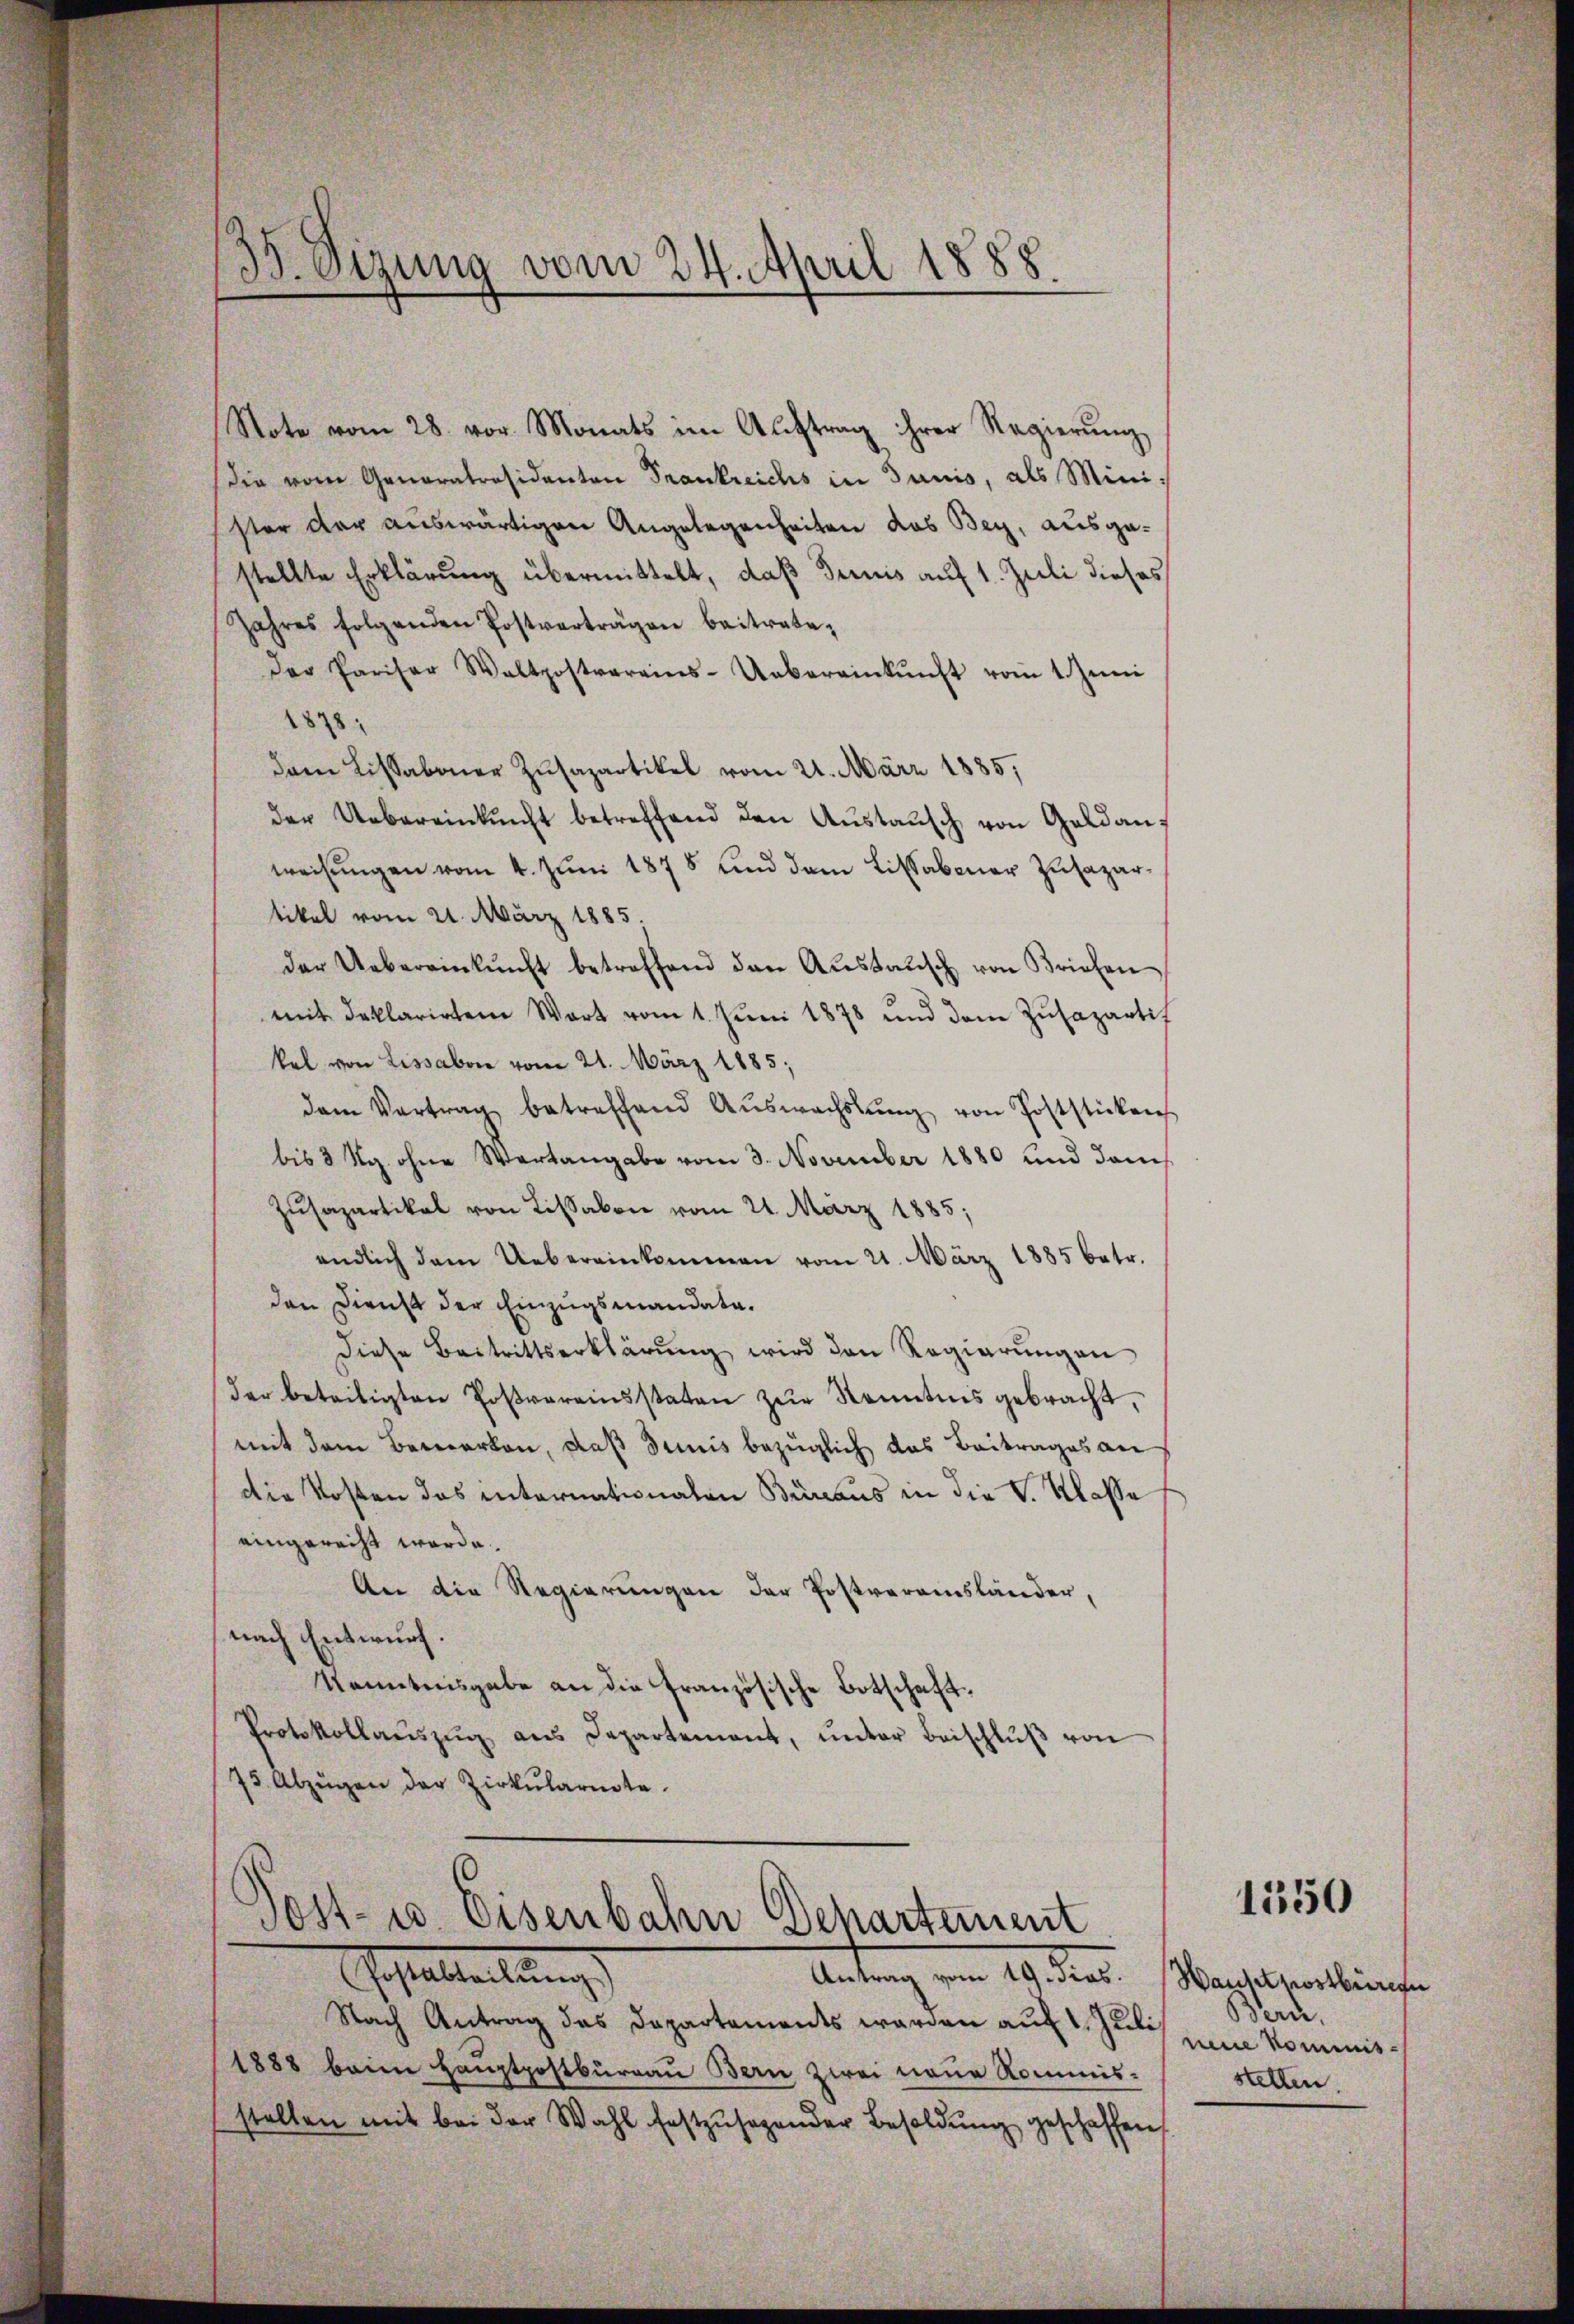
Note vom 28. vor. Monats im Auftrag ihrer Regierŭng
die vom Generaträsidenten Trankreichs in Junis, als Minister der auswärtigen Angelegenheiten das Bey, ausgastellte Erklärung übermittelt, daß Junis auf 1. Juli dieses
Jahres folgenden Postverträgen beiträte,
Der Pariser Waltpostvereins-Uebereinkŭnft vom 1. Jŭni
1878
Dan Lissaboner Zusapartikel vom 21. März 1885,
der Uebereinkunft betreffend den Aŭstaŭsch von Geldanweisungen vom 4. Juni 1878 und dem Lissabener Zusazartikel vom 21. März 1885,
der Uebereinkunft betreffend den Aŭstaŭsch von Briefen
mit deklarirten Wort vom 1. Jŭni 1878 und dem Zŭsapartif
kel von Lissabon vom 21. März 1885;
dem Vertrag betreffend Aŭswachslŭng von Poststicken
bis 3 Rg. ohne Wartangabe vom 3. November 1880 und danch
Zŭsapartikal von Lissabon vom 21. März 1885;
endlich dem Uebereinkommen vom 21. März 1885 betr.
den Dienst der Einzugsmandata.
diese Beitrittserklärŭng wird den Regierŭngen
der beteiligten Poβvereinsstaten zŭr Kenntnis gebracht,
mit dem Bemerken, daß diuis bezüglich das Beitrages an
Die Kosten das internationalen Büreaus in die V. Klasse
eingerecht werde.
An die Regierungen der Postveransländer,
nach Entwurf.
kenntnisgabe an die französische Botschaft
Protokollaŭszŭg ans Departement, ŭnter Beischlŭβ von
75 Abzügen der Zirkŭlarite.

35. Sizung vom 24. April 1888.

)
Sost- u. Eisenbahn Departement
Gestatteilung
Antrag vom 19. dies. (Hauhtpostbürger

Nach Antrag das Departements werden auf 1. Juli
1888 beim Hauptpostbüreau Bern zwei neue Kommisstellen mit bei der Wahl festzŭsegender Besoldŭng geschaffen

1350

Beri
eine kommisstetten.